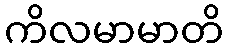
ကိလမာမာတိ